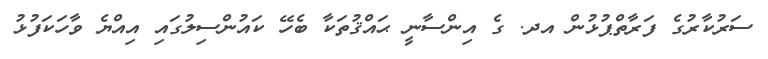
ސަރުކާރުގެ ފަރާތްޕުޅުން އދ. ގެ އިންސާނީ ޙައްޤުތަކާ ބެހޭ ކައުންސިލުގައި އިއްޔެ ވާހަކަފުޅު